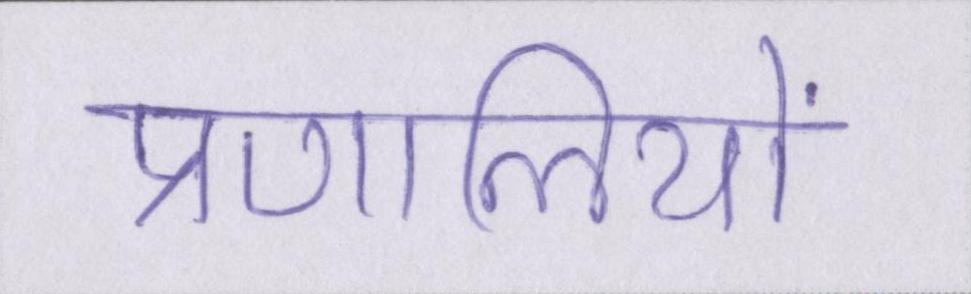
प्रणालियों